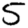
Digit: 5